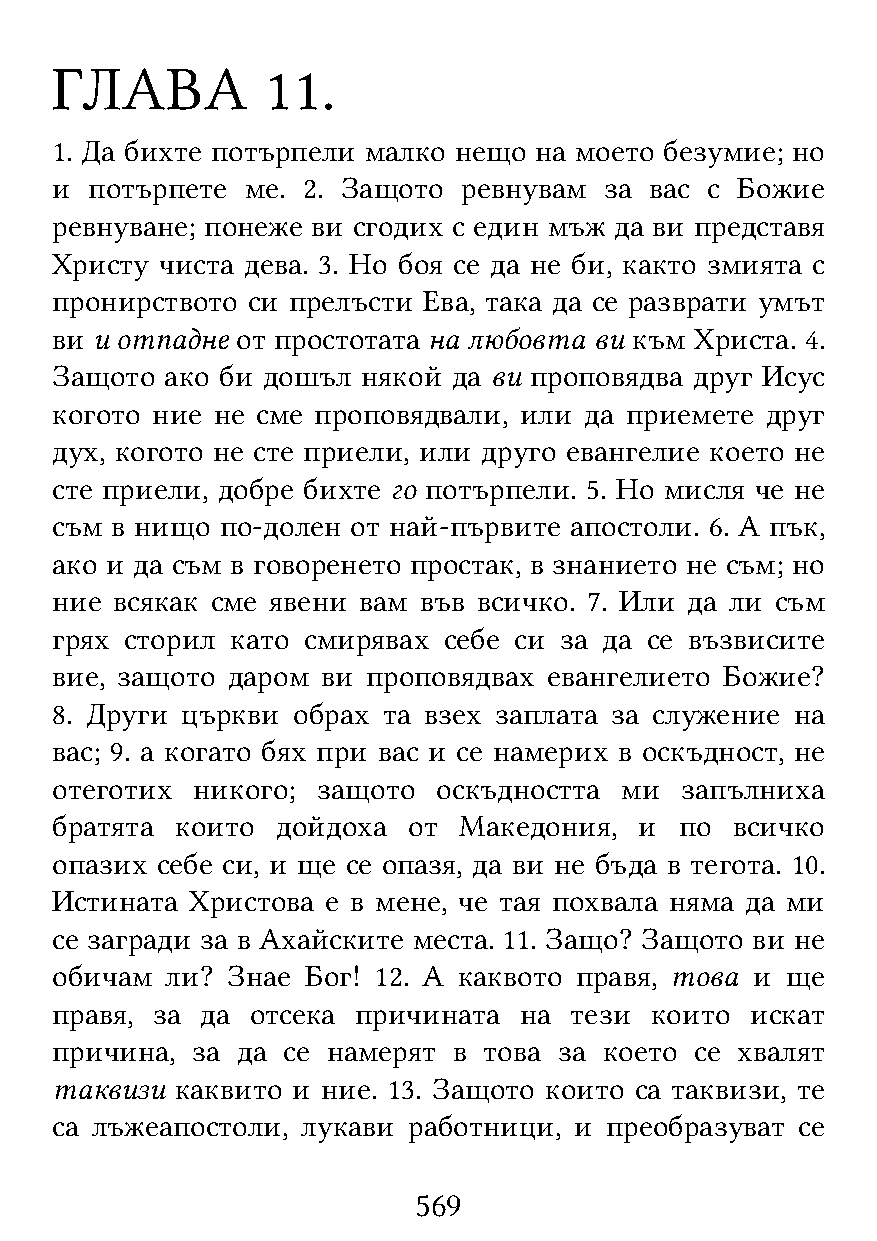
ГЛАВА          11.
 1. Да бихте потърпели малко нещо на моето безумие; но
 и  потърпете ме. 2. Защото  ревнувам за вас с Божие
 ревнуване; понеже ви сгодих с един мъж да ви представя
 Христу  чиста дева. 3. Но боя се да не би, както змията с
 пронирството си прелъсти Ева, така да се разврати умът
 ви и отпадне от простотата на любовта ви към Христа. 4.
 Защото  ако би дошъл някой да ви проповядва друг Исус
 когото ние не сме проповядвали, или да приемете друг
 дух, когото не сте приели, или друго евангелие което не
 сте приели, добре бихте го потърпели. 5. Но мисля че не
 съм в нищо  по-долен от най-първите апостоли. 6. А пък,
 ако и да съм в говоренето простак, в знанието не съм; но
 ние всякак сме явени вам във всичко. 7. Или да ли съм
 грях сторил като смирявах себе си за да се възвисите
 вие, защото даром ви проповядвах евангелието Божие?
 8. Други църкви обрах та взех заплата за служение на
 вас; 9. а когато бях при вас и се намерих в оскъдност, не
 отеготих  никого; защото  оскъдността ми  запълниха
 братята  които дойдоха  от Македония,  и  по  всичко
 опазих себе си, и ще се опазя, да ви не бъда в тегота. 10.
 Истината  Христова е в мене, че тая похвала няма да ми
 се загради за в Ахайските места. 11. Защо? Защото ви не
 обичам  ли? Знае Бог! 12. А каквото правя, това и ще
 правя, за да  отсека причината на  тези които  искат
 причина,  за да се намерят в това за което се хвалят
 таквизи  каквито и ние. 13. Защото които са таквизи, те
 са лъжеапостоли, лукави работници, и преобразуват се
 569